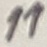
Text: 11